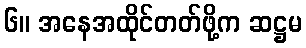
၆။ အနေအထိုင်တတ်ဖို့က ဆဋ္ဌမ